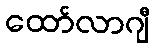
ထော်လာဂျီ